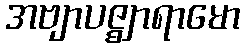
အဗျာပဇ္ဈာရာမော